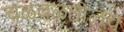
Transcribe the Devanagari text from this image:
चळवळतीलच